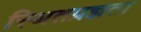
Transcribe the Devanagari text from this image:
स्थितप्रज्ञता